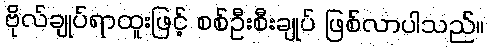
ဗိုလ်ချုပ်ရာထူးဖြင့် စစ်ဦးစီးချုပ် ဖြစ်လာပါသည်။